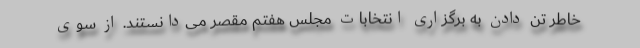
خاطر تن دادن به برگزاری انتخابات مجلس هفتم مقصر می‌دانستند. از سوی